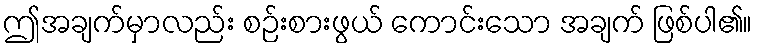
ဤအချက်မှာလည်း စဉ်းစားဖွယ် ကောင်းသော အချက် ဖြစ်ပါ၏။